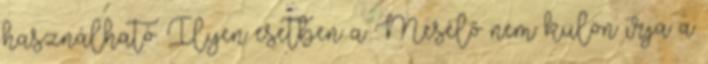
használható. Ilyen esetben a Mesélő nem külön írja a